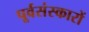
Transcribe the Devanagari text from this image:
पूर्वसंस्कारों